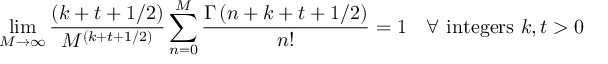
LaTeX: \operatorname * { l i m } _ { M \rightarrow \infty } { \frac { ( k + t + 1 / 2 ) } { M ^ { ( k + t + 1 / 2 ) } } } \sum _ { n = 0 } ^ { M } { \frac { \Gamma \left( n + k + t + 1 / 2 \right) } { n ! } } = 1 \quad \forall \ \mathrm { i n t e g e r s } \ k , t > 0